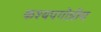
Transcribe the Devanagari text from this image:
कश्यपगोत्रीय